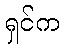
ရှင်က